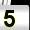
Digit: 5